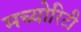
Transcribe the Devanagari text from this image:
मच्योरिटी